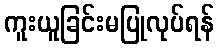
ကူးယူခြင်းမပြုလုပ်ရန်